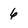
Character: 6